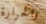
والحرارة